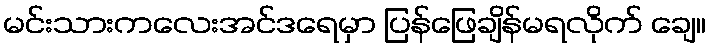
မင်းသားကလေးအင်ဒရေမှာ ပြန်ဖြေချိန်မရလိုက် ချေ။